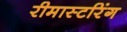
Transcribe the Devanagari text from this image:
रीमास्टरिंग